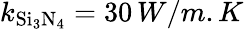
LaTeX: k_{\mathrm{Si_{3}N_{4}}}=30\, W/m.K